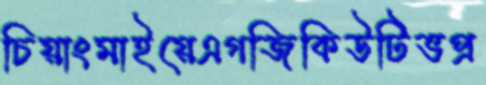
চিয়াংমাইয়েএগজিকিউটিভপ্র